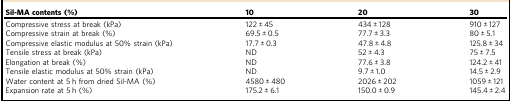
| Sil-MA contents (%) | 10 | 20 | 30 |
 | --- | --- | --- | --- |
 | Compressive stress at break (kPa) | 122 ± 45 | 434 ± 128 | 910 ± 127 |
 | Compressive strain at break (%) | 69.5 ± 0.5 | 77.7 ± 3.3 | 80 ± 5.1 |
 | Compressive elastic modulus at 50% strain (kPa) | 17.7 ± 0.3 | 47.8 ± 4.8 | 125.8 ± 34 |
 | Tensile stress at break (kPa) | ND | 52 ± 4.3 | 75 ± 7.5 |
 | Elongation at break (%) | ND | 77.6 ± 3.8 | 124.2 ± 41 |
 | Tensile elastic modulus at 50% strain (kPa) | ND | 9.7 ± 1.0 | 14.5 ± 2.9 |
 | Water content at 5 h from dried Sil-MA (%) | 4580 ± 480 | 2026 ± 202 | 1059 ± 121 |
 | Expansion rate at 5 h (%) | 175.2 ± 6.1 | 150.0 ± 0.9 | 145.4 ± 2.4 |